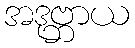
အဒုဗ္ဘာယ